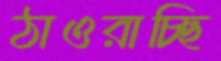
ঠাওরাচ্ছি